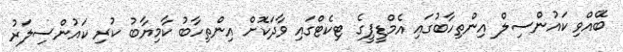
ބޭއްވި ކައުންސިލް އިންތިހާބުގައި އެމްޑީޕީގެ ޓިކެޓްގައި ވާދަކޮށް އިންތިހާބު ކާމިޔާބު ކުރި ކައުންސިލަރު